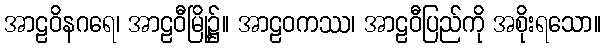
အာဠဝိနဂရေ၊ အာဠဝီမြို့၌။ အာဠဝကဿ၊ အာဠဝီပြည်ကို အစိုးရသော။